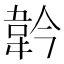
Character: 𩎖